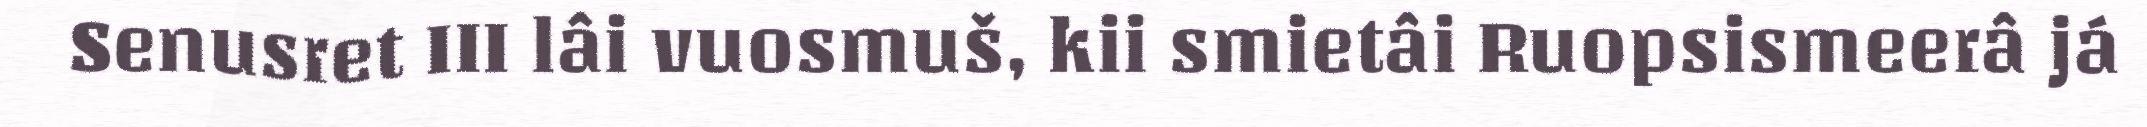
Senusret III lâi vuosmuš, kii smietâi Ruopsismeerâ já